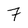
Character: 7